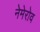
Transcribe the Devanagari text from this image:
नेमेरोव